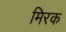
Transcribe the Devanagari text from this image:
मिरक